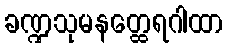
ခဏ္ဍသုမနတ္ထေရဂါထာ